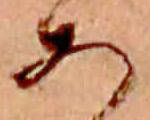
あ